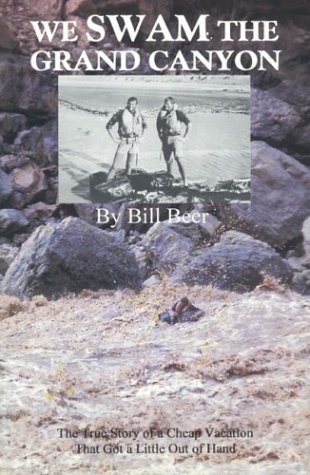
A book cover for We Swam the Grand Canyon: The True Story of a Cheap Vacation that Got a Little Out of Hand; Bill Beer; Travel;